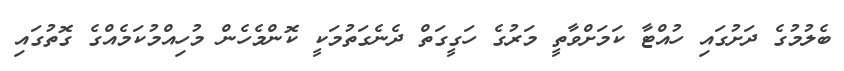
ބެލުމުގެ ދަށުގައި ހުއްޓާ ކަމަށްވާތީ މަރުގެ ހަގީގަތް ދެނެގަތުމަކީ ކޮންމެހެން މުހިއްމުކަމެއްގެ ގޮތުގައި